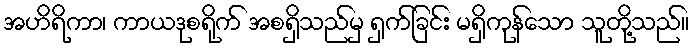
အဟိရိကာ၊ ကာယဒုစရိုက် အစရှိသည်မှ ရှက်ခြင်း မရှိကုန်သော သူတို့သည်။